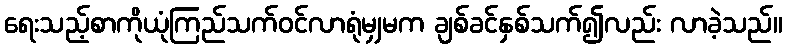
ရေးသည့်စာကိုယုံကြည်သက်ဝင်လာရုံမျှမက ချစ်ခင်နှစ်သက်၍လည်း လာခဲ့သည်။